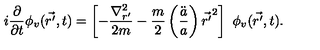
i \frac { \partial } { \partial t } \phi _ { v } ( \vec { r ^ { \prime } } , t ) = \left[ - \frac { { \nabla } _ { r ^ { \prime } } ^ { 2 } } { 2 m } - \frac { m } { 2 } \left( \frac { \ddot { a } } { a } \right) { \vec { r ^ { \prime } } } ^ { 2 } \right] \ \phi _ { v } ( \vec { r ^ { \prime } } , t ) .